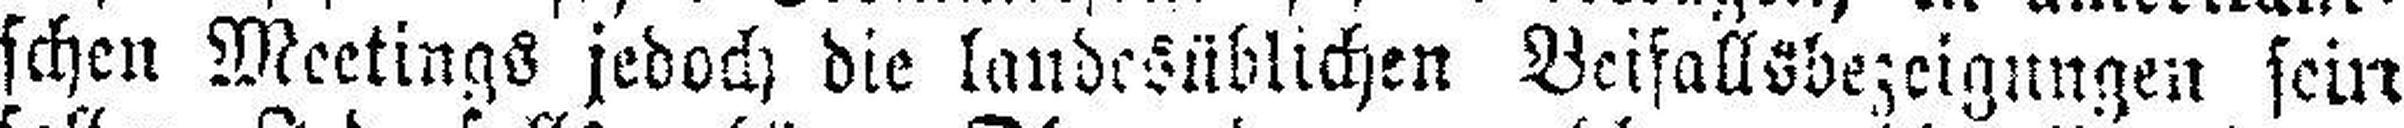
schen Meetings jedoch die landesüblichen Beifallsbezeigungen sein